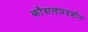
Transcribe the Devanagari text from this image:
कौशलप्रदर्शन